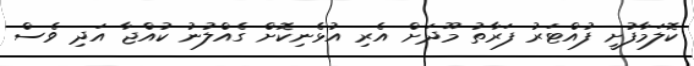
ކޮލަމާފުށީ ފުއްޓަރު ފަރާތު މޫދަށް އެރި އުޅެނިކޮށް ގެއްލުނު ކުއްޖާ އަދި ވެސް